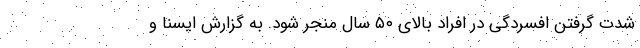
شدت گرفتن افسردگی در افراد بالای ۵۰ سال منجر شود. به گزارش ایسنا و